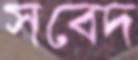
সবেদ